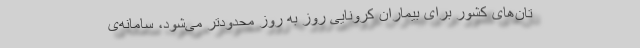
تان‌های کشور برای بیماران کرونایی روز به‌ روز محدودتر می‌شود، سامانه‌ی